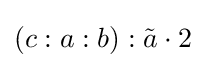
(c:a:b):{\tilde {a}}\cdot 2